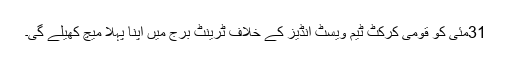
31مئی کو قومی کرکٹ ٹیم ویسٹ انڈیز کے خلاف ٹرینٹ برج میں اپنا پہلا میچ کھیلے گی۔